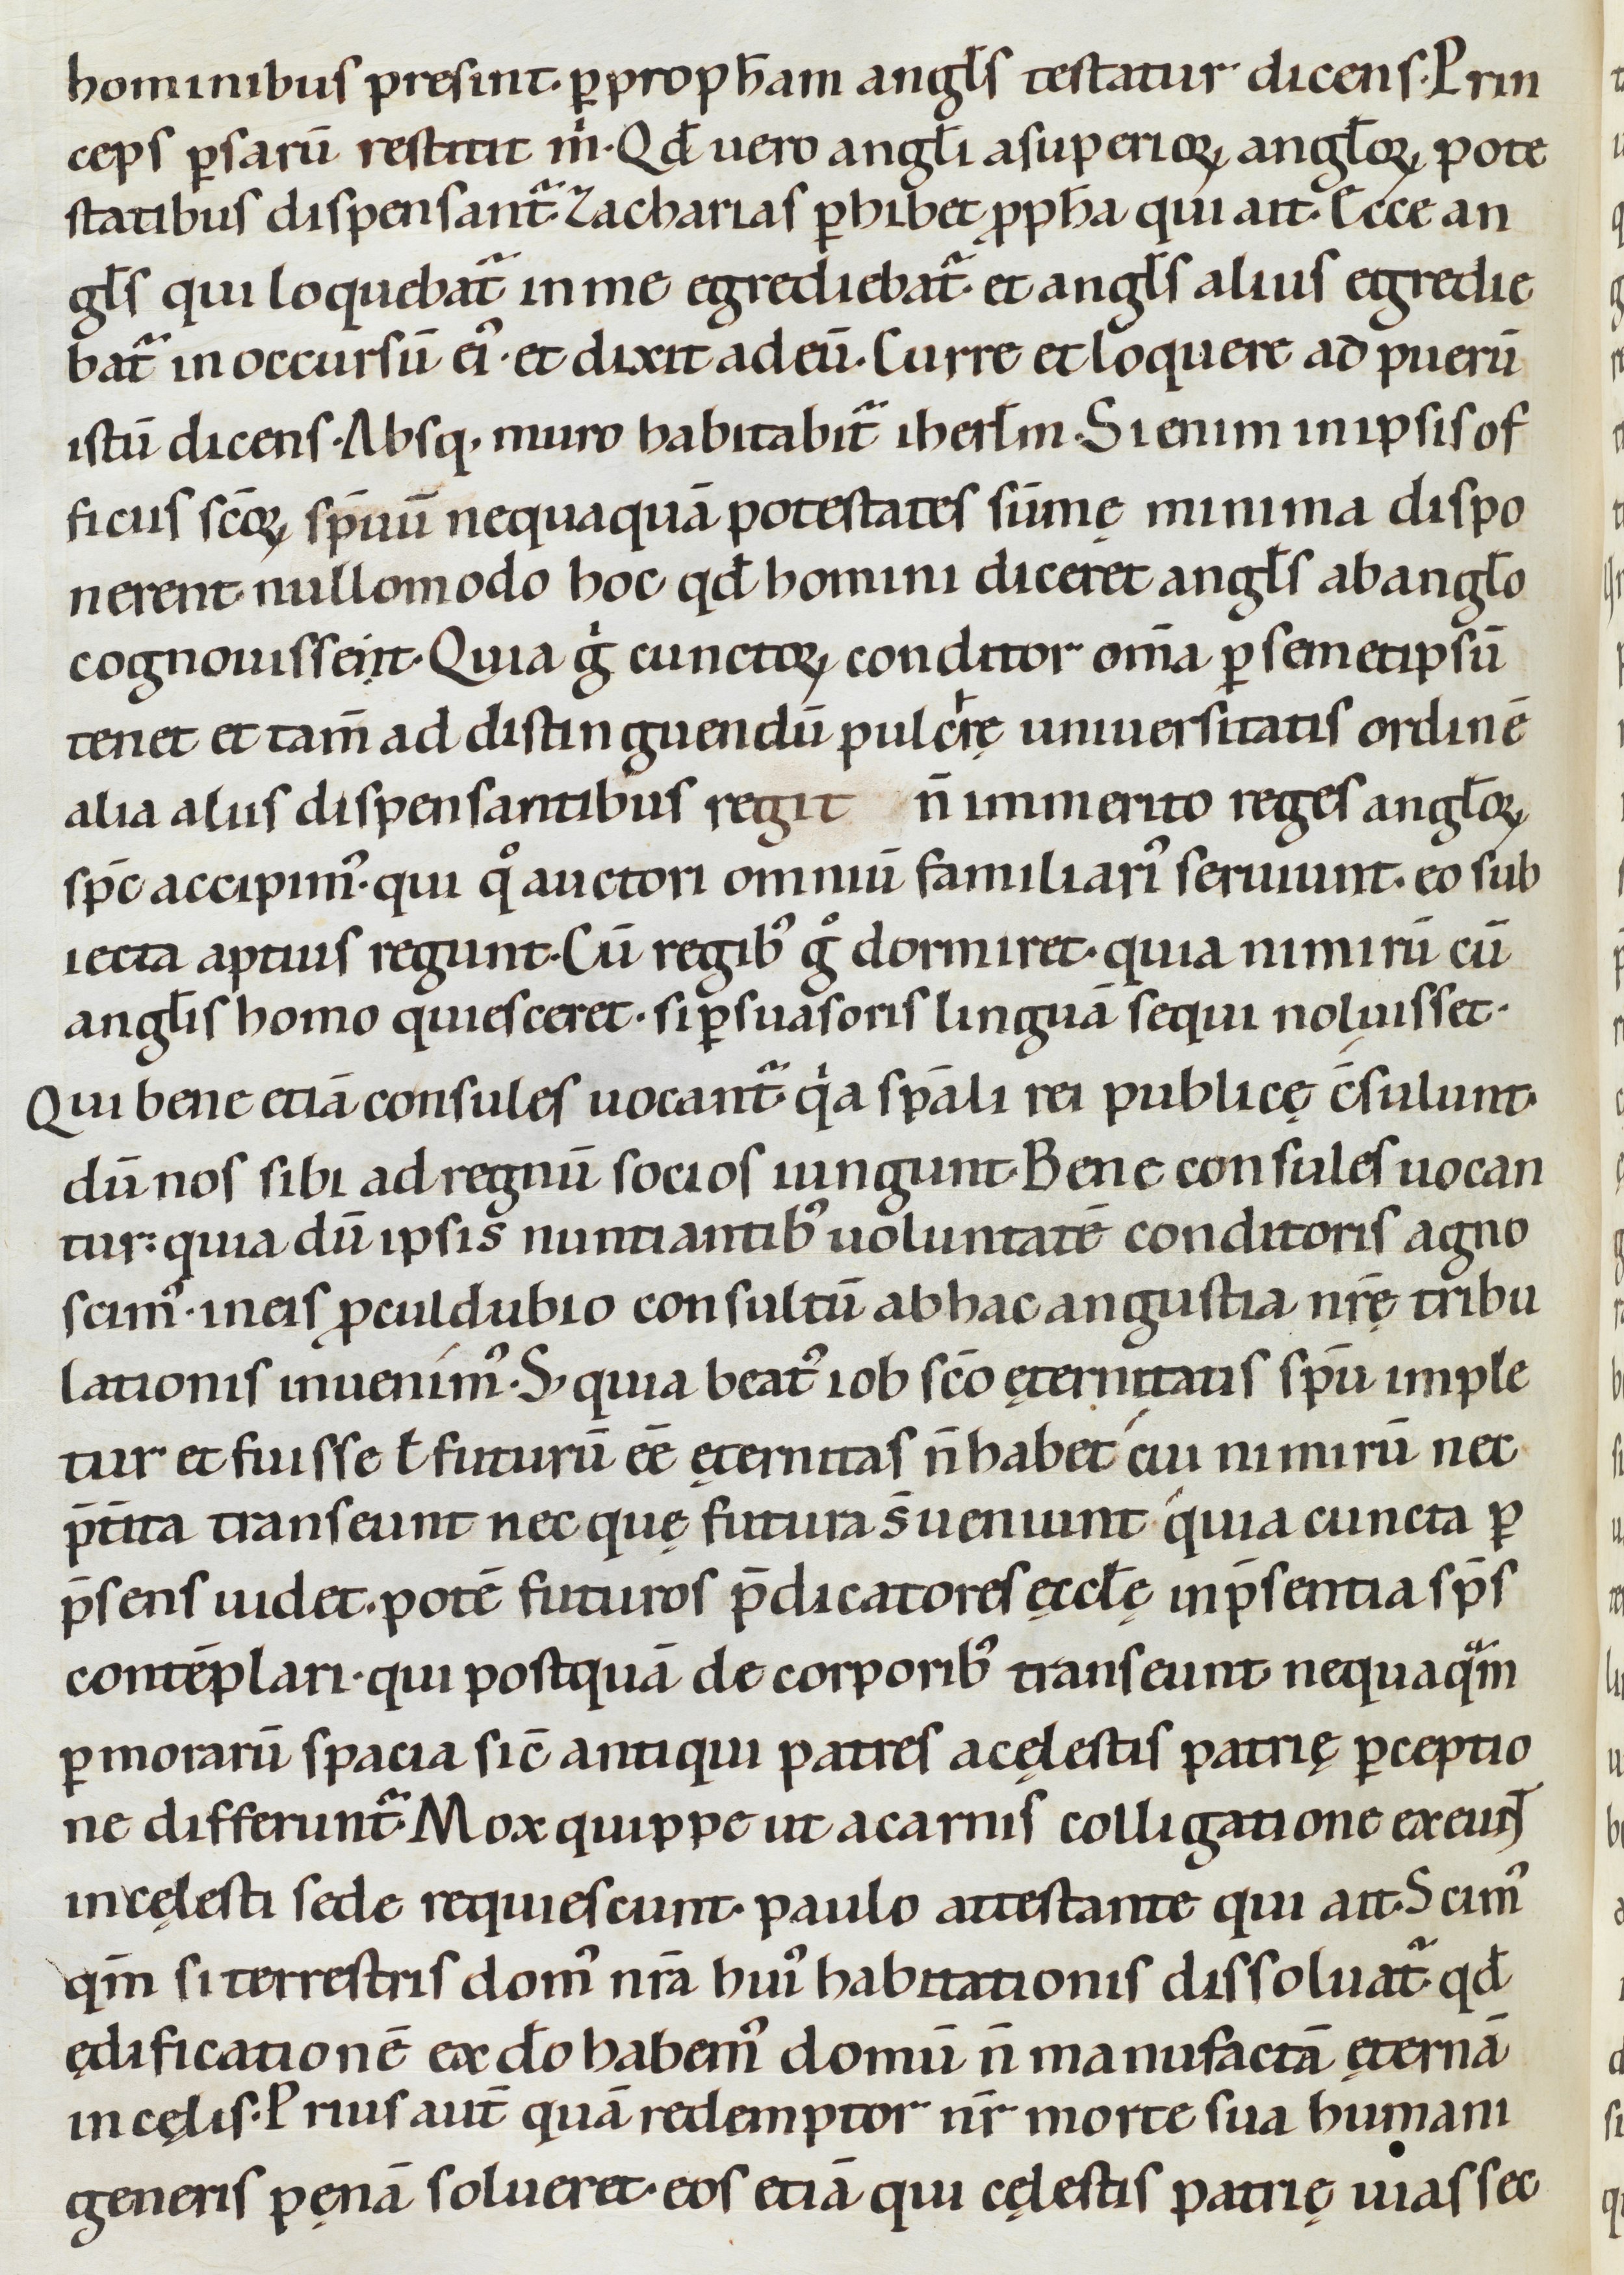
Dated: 1080–1096